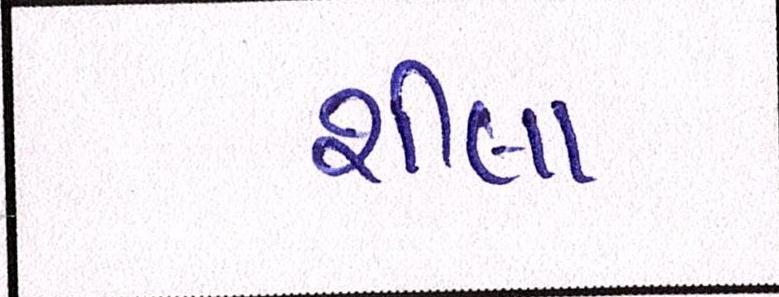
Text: શીલા